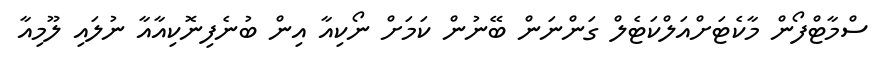
ސްމާޓްފޯން މާކެޓަށްއަލްކަޓެލް ގަންނަން ބޭނުން ކަމަށް ނޯކިއާ އިން ބުނެފިނޮކިއާއާ ނުލައި ލޫމިއާ